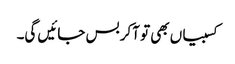
کسبیاں بھی تو آکر بس جائیں گی۔